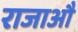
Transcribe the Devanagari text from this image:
राजाऔ